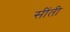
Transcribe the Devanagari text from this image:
सींती